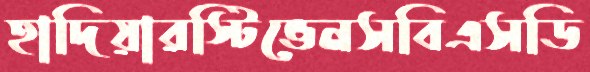
হাদিয়ারস্টিভেনসবিএসডি